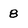
Character: 8